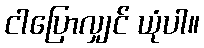
ငါပြောလျှင် ယုံပါ။